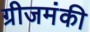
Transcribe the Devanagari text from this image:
ग्रीजमंकी